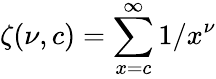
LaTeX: \zeta(\nu,c)=\sum_{x=c}^{\infty}1/x^{\nu}